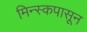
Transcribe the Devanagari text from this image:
मिन्स्कपासून